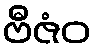
ဗီဇံဝ